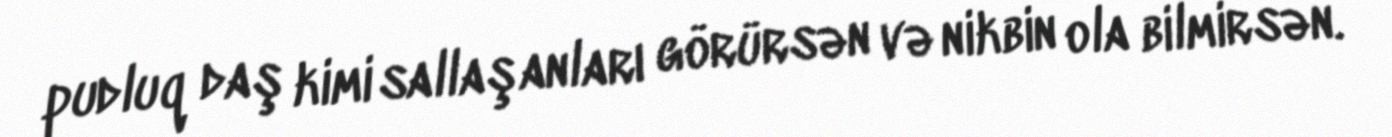
pudluq daş kimi sallaşanları görürsən və nikbin ola bilmirsən.